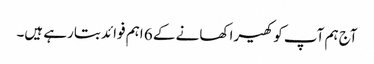
آج ہم آپ کو کھیرا کھانے کے 6 اہم فوائد بتارہے ہیں۔